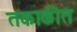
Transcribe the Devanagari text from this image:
तकाकीत